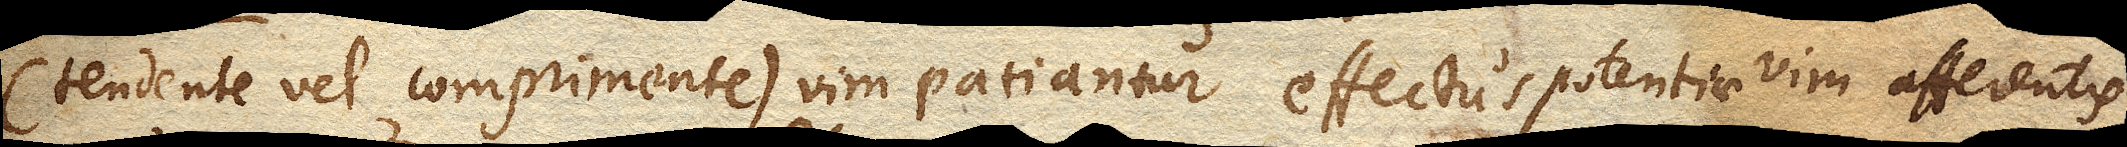
(tendente vel comprimente) vim patiantur effectus potentiae vim afferentis